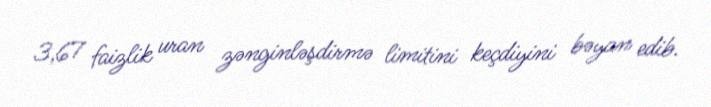
3,67 faizlik uran zənginləşdirmə limitini keçdiyini bəyan edib.